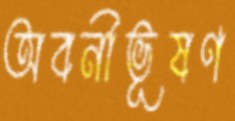
অবনীভূষণ